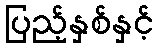
ပြည့်နှစ်နှင့်